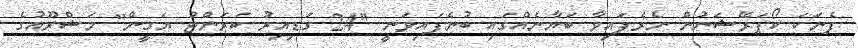
ފެނަކަ ކޯޕަރޭޝަނުން ނެރެފައިވާ ބަޔާނެއްގައި ބުނެފައިވަނީ "24 ގަޑިއިރު ކަރަންޓު ޔަގީން" މަޝްރޫއުގެ